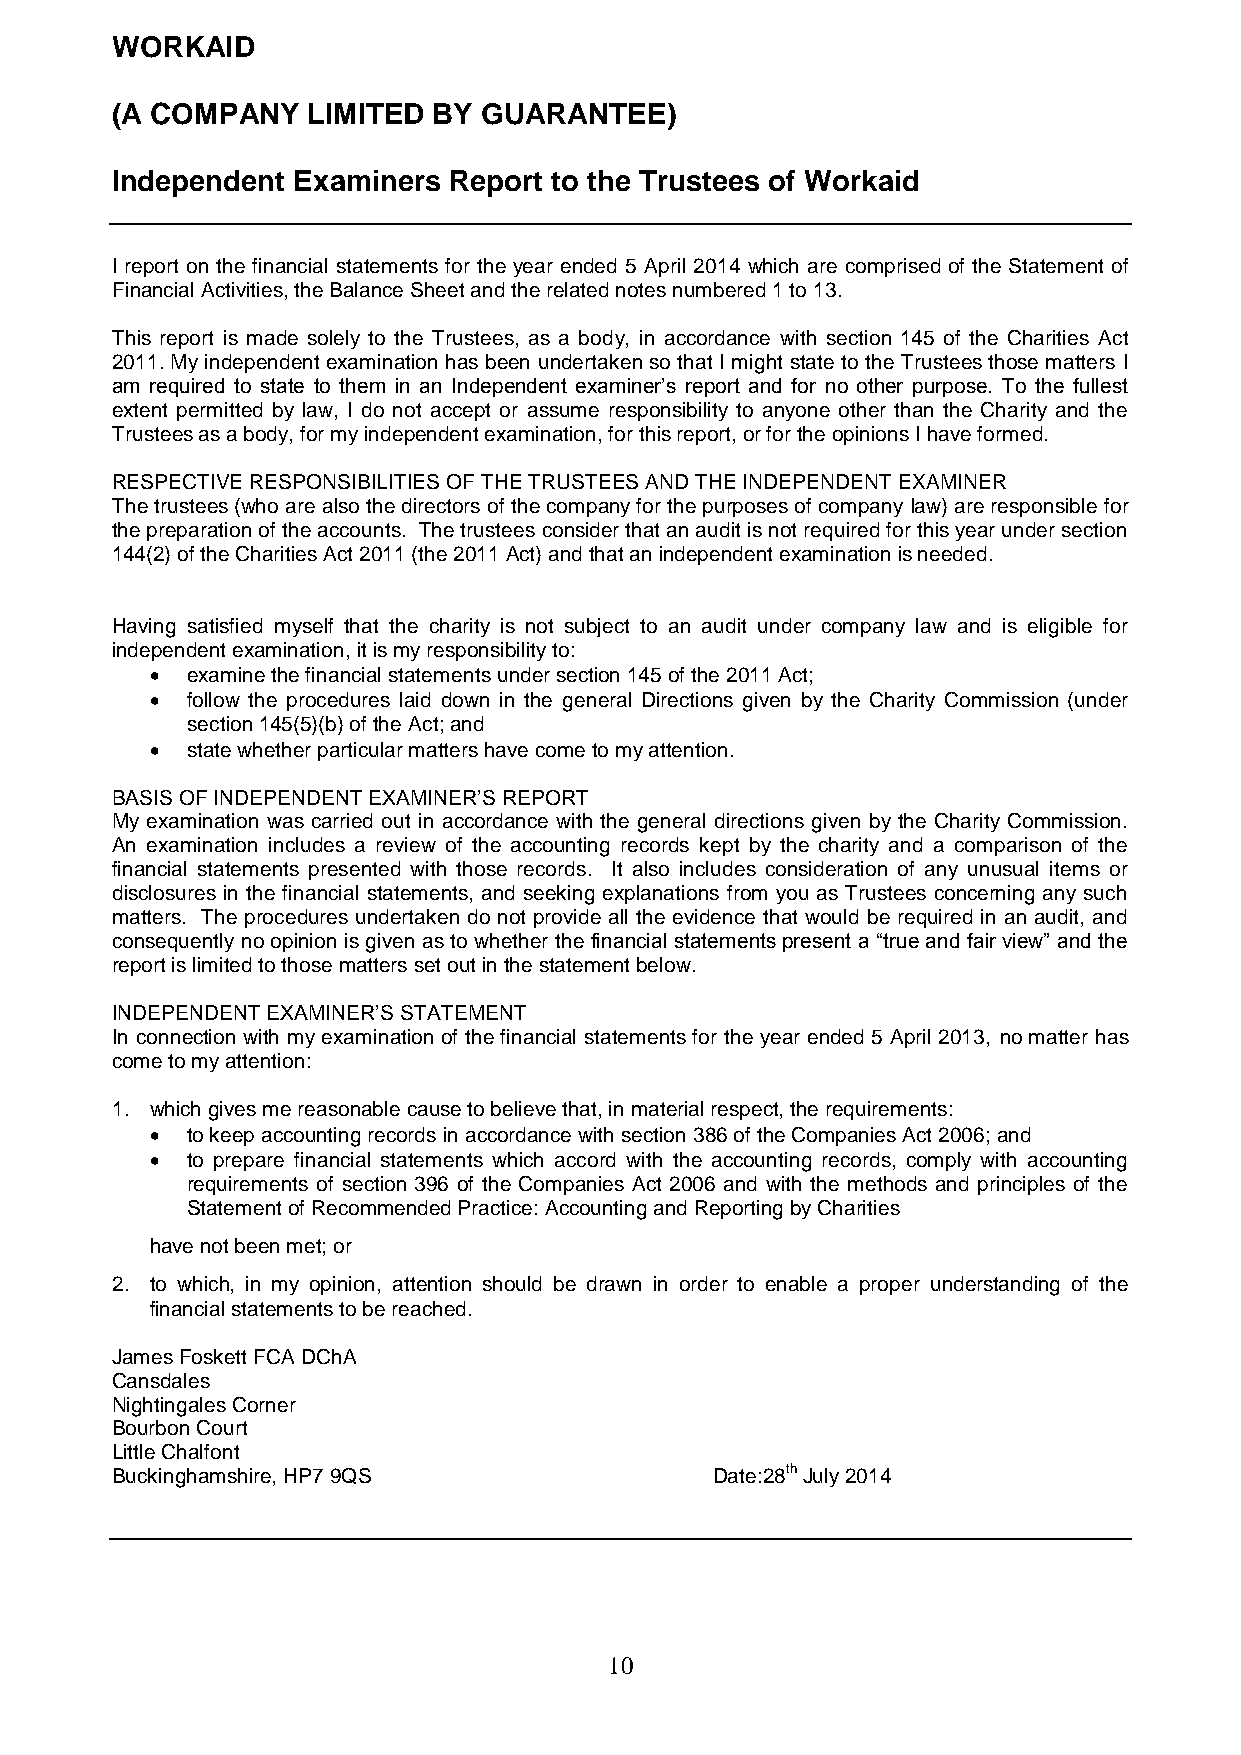
WORKAID
 (A COMPANY   LIMITED  BY GUARANTEE)
 Independent Examiners  Report to the Trustees of Workaid
 I report on the financial statements for the year ended 5 April 2014 which are comprised of the Statement of
 Financial Activities, the Balance Sheet and the related notes numbered 1 to 13.
 This report is made solely to the Trustees, as a body, in accordance with section 145 of the Charities Act
 2011. My independent examination has been undertaken so that I might state to the Trustees those matters I
 am required to state to them in an Independent examiner’s report and for no other purpose. To the fullest
 extent permitted by law, I do not accept or assume responsibility to anyone other than the Charity and the
 Trustees as a body, for my independent examination, for this report, or for the opinions I have formed.
 RESPECTIVE RESPONSIBILITIES OF THE TRUSTEES AND THE INDEPENDENT EXAMINER
 The trustees (who are also the directors of the company for the purposes of company law) are responsible for
 the preparation of the accounts. The trustees consider that an audit is not required for this year under section
 144(2) of the Charities Act 2011 (the 2011 Act) and that an independent examination is needed.
 Having satisfied myself that the charity is not subject to an audit under company law and is eligible for
 independent examination, it is my responsibility to:
  examine the financial statements under section 145 of the 2011 Act;
  follow the procedures laid down in the general Directions given by the Charity Commission (under
 section 145(5)(b) of the Act; and
  state whether particular matters have come to my attention.
 BASIS OF INDEPENDENT EXAMINER’S REPORT
 My examination was carried out in accordance with the general directions given by the Charity Commission.
 An examination includes a review of the accounting records kept by the charity and a comparison of the
 financial statements presented with those records. It also includes consideration of any unusual items or
 disclosures in the financial statements, and seeking explanations from you as Trustees concerning any such
 matters. The procedures undertaken do not provide all the evidence that would be required in an audit, and
 consequently no opinion is given as to whether the financial statements present a “true and fair view” and the
 report is limited to those matters set out in the statement below.
 INDEPENDENT EXAMINER’S STATEMENT
 In connection with my examination of the financial statements for the year ended 5 April 2013, no matter has
 come to my attention:
 1. which gives me reasonable cause to believe that, in material respect, the requirements:
  to keep accounting records in accordance with section 386 of the Companies Act 2006; and
  to prepare financial statements which accord with the accounting records, comply with accounting
 requirements of section 396 of the Companies Act 2006 and with the methods and principles of the
 Statement of Recommended Practice: Accounting and Reporting by Charities
 have not been met; or
 2. to which, in my opinion, attention should be drawn in order to enable a proper understanding of the
 financial statements to be reached.
 James Foskett FCA DChA
 Cansdales
 Nightingales Corner
 Bourbon Court
 Little Chalfont
 Buckinghamshire, HP7 9QS                Date:28th July 2014
 1 0